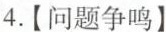
4.[问题争鸣]